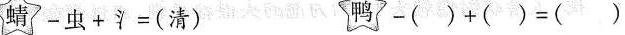
蜻-虫+氵=(清) 鸭-()+()=()